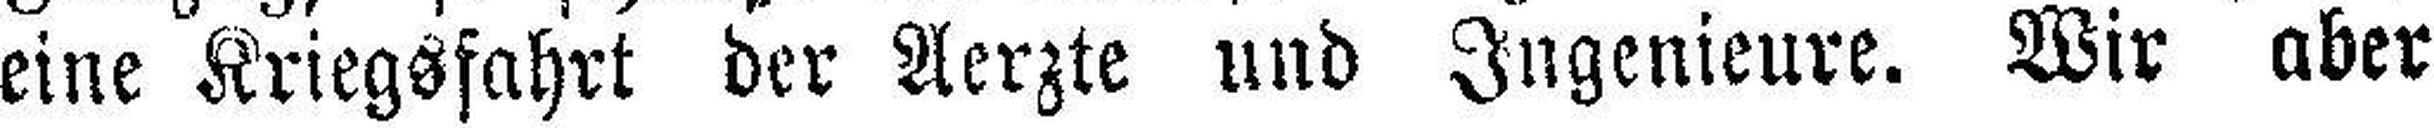
eine Kriegsfahrt der Aerzte und Ingenieure. Wir aber